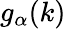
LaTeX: g_{\alpha}(k)